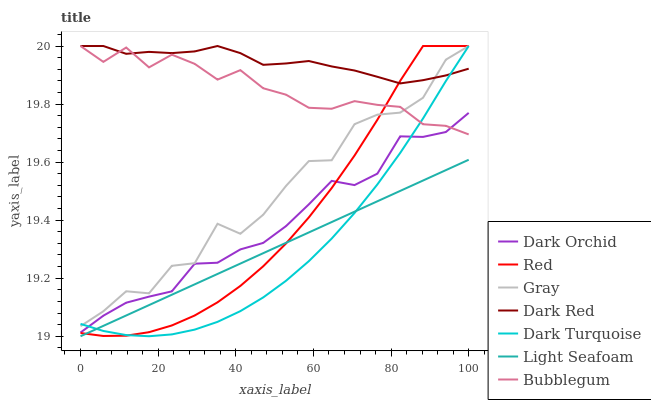
| xaxis_label | Dark Orchid | Red | Gray | Dark Red | Dark Turquoise | Light Seafoam | Bubblegum |
 | --- | --- | --- | --- | --- | --- | --- | --- |
 | 0 | 19 | 19 | 19 | 20 | 19 | 19 | 20 |
 | 5.88 | 19.1 | 19 | 19.1 | 20 | 19 | 19 | 19.9 |
 | 11.8 | 19.1 | 19 | 19.2 | 20 | 19 | 19.1 | 20 |
 | 17.6 | 19.1 | 19 | 19.1 | 20 | 19 | 19.1 | 19.9 |
 | 23.5 | 19.2 | 19 | 19.2 | 20 | 19 | 19.1 | 20 |
 | 29.4 | 19.2 | 19.1 | 19.3 | 20 | 19 | 19.2 | 19.9 |
 | 35.3 | 19.3 | 19.1 | 19.4 | 20 | 19 | 19.2 | 19.9 |
 | 41.2 | 19.3 | 19.2 | 19.4 | 20 | 19.1 | 19.3 | 19.9 |
 | 47.1 | 19.3 | 19.2 | 19.4 | 19.9 | 19.1 | 19.3 | 19.9 |
 | 52.9 | 19.4 | 19.3 | 19.5 | 19.9 | 19.2 | 19.3 | 19.8 |
 | 58.8 | 19.5 | 19.4 | 19.6 | 19.9 | 19.3 | 19.4 | 19.8 |
 | 64.7 | 19.5 | 19.5 | 19.6 | 19.9 | 19.3 | 19.4 | 19.8 |
 | 70.6 | 19.5 | 19.6 | 19.7 | 19.9 | 19.4 | 19.4 | 19.8 |
 | 76.5 | 19.6 | 19.7 | 19.8 | 19.9 | 19.5 | 19.5 | 19.8 |
 | 82.4 | 19.7 | 19.9 | 19.8 | 19.9 | 19.6 | 19.5 | 19.8 |
 | 88.2 | 19.7 | 20 | 19.8 | 19.9 | 19.8 | 19.5 | 19.7 |
 | 94.1 | 19.7 | 20 | 20 | 19.9 | 19.9 | 19.6 | 19.7 |
 | 100 | 19.8 | 20 | 20 | 19.9 | 20 | 19.6 | 19.7 |